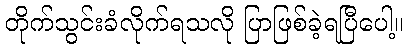
တိုက်သွင်းခံလိုက်ရသလို ပြာဖြစ်ခဲ့ရပြီပေါ့။